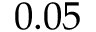
0 . 0 5